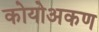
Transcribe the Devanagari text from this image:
कोयोअकण